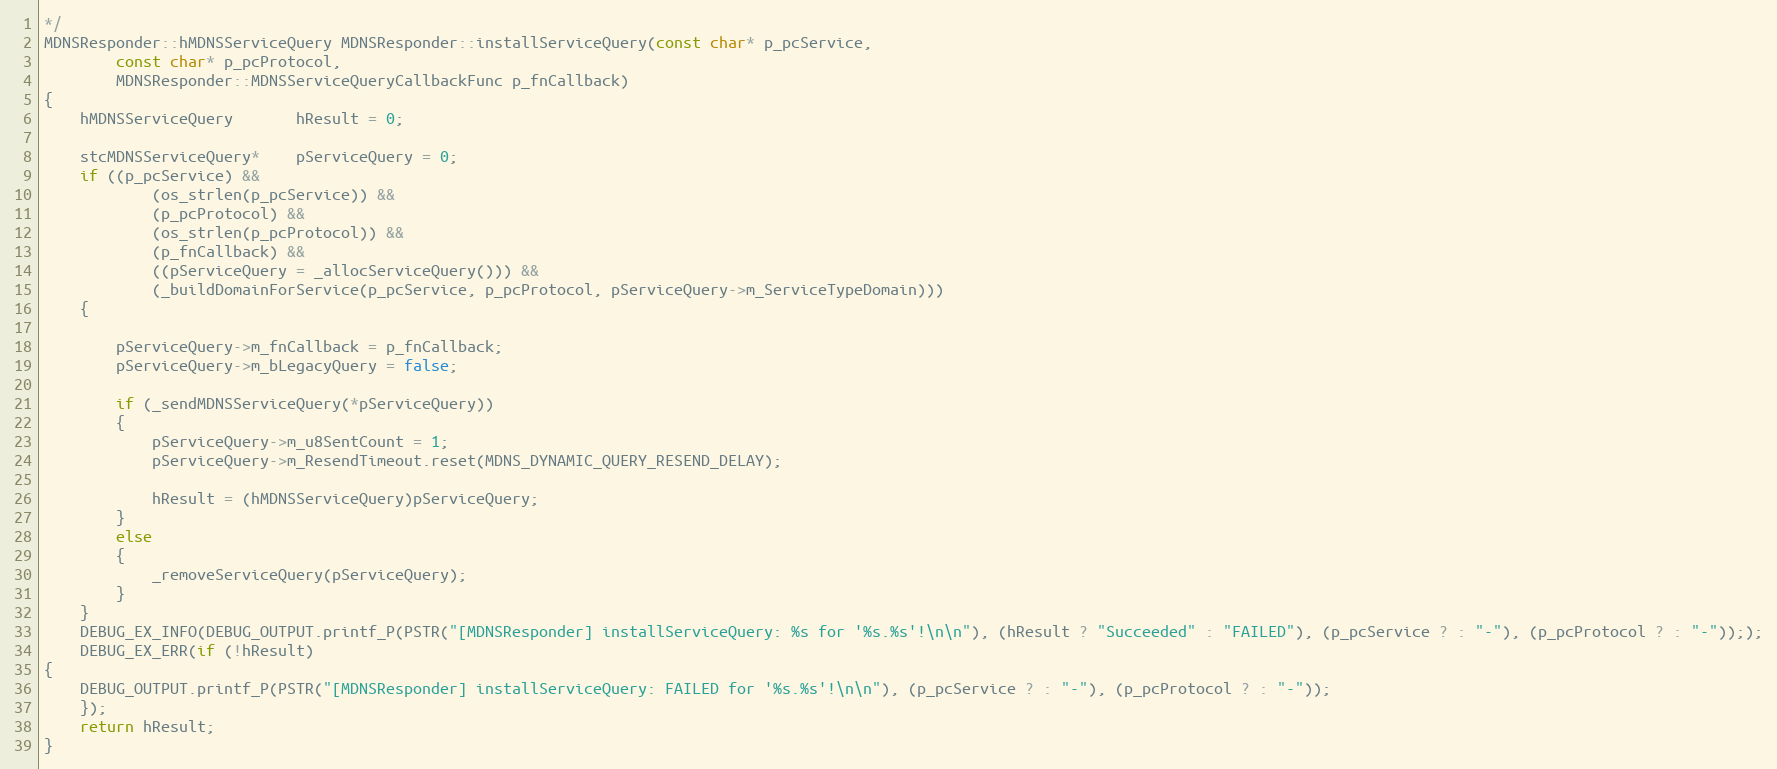
Language: C++
*/
MDNSResponder::hMDNSServiceQuery MDNSResponder::installServiceQuery(const char* p_pcService,
        const char* p_pcProtocol,
        MDNSResponder::MDNSServiceQueryCallbackFunc p_fnCallback)
{
    hMDNSServiceQuery       hResult = 0;

    stcMDNSServiceQuery*    pServiceQuery = 0;
    if ((p_pcService) &&
            (os_strlen(p_pcService)) &&
            (p_pcProtocol) &&
            (os_strlen(p_pcProtocol)) &&
            (p_fnCallback) &&
            ((pServiceQuery = _allocServiceQuery())) &&
            (_buildDomainForService(p_pcService, p_pcProtocol, pServiceQuery->m_ServiceTypeDomain)))
    {

        pServiceQuery->m_fnCallback = p_fnCallback;
        pServiceQuery->m_bLegacyQuery = false;

        if (_sendMDNSServiceQuery(*pServiceQuery))
        {
            pServiceQuery->m_u8SentCount = 1;
            pServiceQuery->m_ResendTimeout.reset(MDNS_DYNAMIC_QUERY_RESEND_DELAY);

            hResult = (hMDNSServiceQuery)pServiceQuery;
        }
        else
        {
            _removeServiceQuery(pServiceQuery);
        }
    }
    DEBUG_EX_INFO(DEBUG_OUTPUT.printf_P(PSTR("[MDNSResponder] installServiceQuery: %s for '%s.%s'!\n\n"), (hResult ? "Succeeded" : "FAILED"), (p_pcService ? : "-"), (p_pcProtocol ? : "-")););
    DEBUG_EX_ERR(if (!hResult)
{
    DEBUG_OUTPUT.printf_P(PSTR("[MDNSResponder] installServiceQuery: FAILED for '%s.%s'!\n\n"), (p_pcService ? : "-"), (p_pcProtocol ? : "-"));
    });
    return hResult;
}